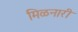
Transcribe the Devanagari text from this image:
मिळनारी